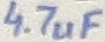
Text: 4.7uF